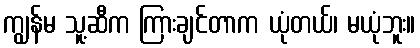
ကျွန်မ သူ့ဆီက ကြားချင်တာက ယုံတယ်၊ မယုံဘူး။